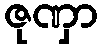
ဇုဏှာ